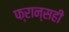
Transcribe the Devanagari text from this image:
फ्रान्सही